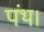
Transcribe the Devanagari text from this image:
पंथ।